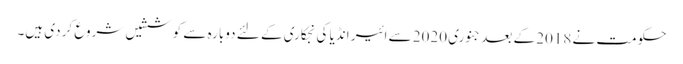
حکومت نے 2018 کے بعد جنوری 2020 سے ائیر انڈیا کی نجکاری کے لئے دوبارہ سے کوششیں شروع کر دی ہیں۔